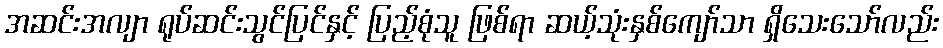
အဆင်းအလျာ ရုပ်ဆင်းသွင်ပြင်နှင့် ပြည့်စုံသူ ဖြစ်ရာ ဆယ့်သုံးနှစ်ကျော်သာ ရှိသေးသော်လည်း